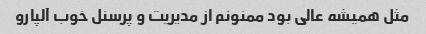
مثل همیشه عالی بود ممنونم از مدیریت و پرسنل خوب آلپارو